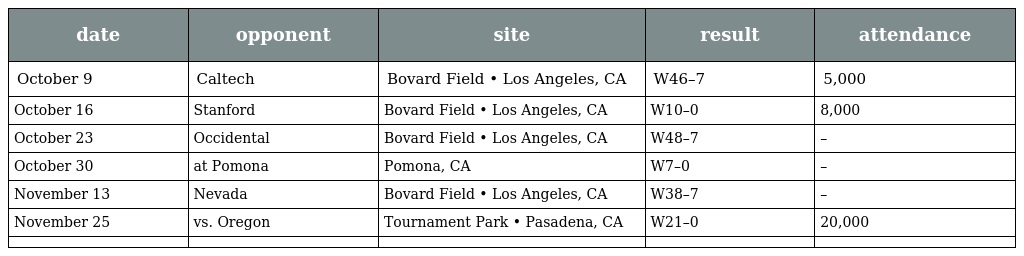
| date | opponent | site | result | attendance |
 | --- | --- | --- | --- | --- |
 | October 9 | Caltech | Bovard Field • Los Angeles, CA | W46–7 | 5,000 |
 | October 16 | Stanford | Bovard Field • Los Angeles, CA | W10–0 | 8,000 |
 | October 23 | Occidental | Bovard Field • Los Angeles, CA | W48–7 | – |
 | October 30 | at Pomona | Pomona, CA | W7–0 | – |
 | November 13 | Nevada | Bovard Field • Los Angeles, CA | W38–7 | – |
 | November 25 | vs. Oregon | Tournament Park • Pasadena, CA | W21–0 | 20,000 |
 |  |  |  |  |  |